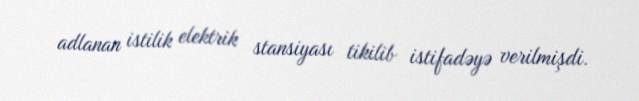
adlanan istilik elektrik stansiyası tikilib istifadəyə verilmişdi.